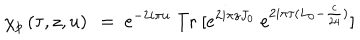
LaTeX: \chi _ { p } \left( \tau , z , u \right) ~ = ~ e ^ { - 2 i \pi u } \ \mathrm { T r } \ [ e ^ { 2 i \pi z J _ { 0 } } \ e ^ { 2 i \pi \tau ( L _ { 0 } - { \frac { c } { 2 4 } } ) } ]